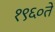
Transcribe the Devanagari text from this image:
१९६०ते